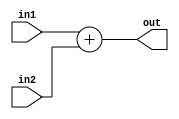
`timescale 1ns / 1ps
//////////////////////////////////////////////////////////////////////////////////
// Company: 
// Engineer: 
// 
// Design Name: 
// Module Name: adder
// Project Name: 
// Target Devices: 
// Tool Versions: 
// Description: 
// 
// Dependencies: 
// 
// Revision:
// Revision 0.01 - File Created
// Additional Comments:
// 
//////////////////////////////////////////////////////////////////////////////////


module adder(output reg [15:0] out, input [15:0] in1,in2);
always @(*)
out = in1+in2;
endmodule